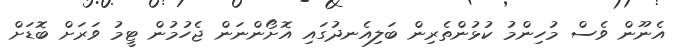
އެނޫން ވެސް މުހިންމު ކުޅުންތެރިން ބަލިއެނދުގައި އޮށޯންނަން ޖެހުމުން ޓީމު ވަރަށް ބޮޑަށް